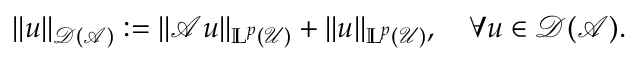
\Vert u \Vert _ { \mathcal { D } ( \mathcal { A } ) } : = \Vert \mathcal { A } u \Vert _ { \mathbb { L } ^ { p } ( \mathcal { U } ) } + \Vert u \Vert _ { \mathbb { L } ^ { p } ( \mathcal { U } ) } , \quad \forall u \in \mathcal { D } ( \mathcal { A } ) .